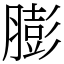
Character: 膨